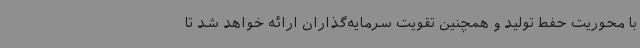
با محوریت حفط تولید و همچنین تقویت سرمایه‌گذاران ارائه خواهد شد تا